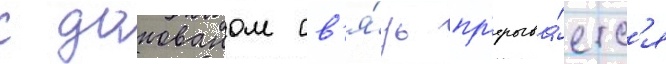
с донованом св'я́зь пр'ерыва́етс'я